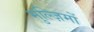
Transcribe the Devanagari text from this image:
मुल्ज़िमों